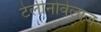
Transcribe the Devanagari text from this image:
टेलीनोवेलाज